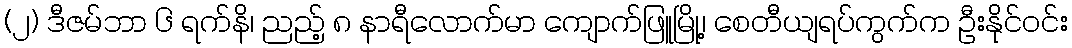
(၂) ဒီဇမ်ဘာ ၆ ရက်နိ၊ ညည့် ၈ နာရီလောက်မာ ကျောက်ဖြူမြို့၊ စေတီယျရပ်ကွက်က ဦးနိုင်ဝင်း